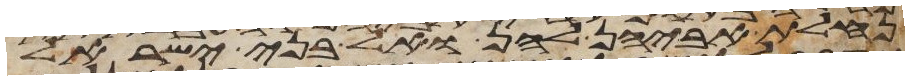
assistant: נחלת אביהן להן ואל בני ישראל